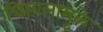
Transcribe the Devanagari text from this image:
चिखलामुळे